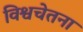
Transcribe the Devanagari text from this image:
विश्वचेतना